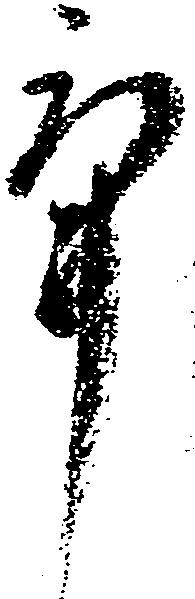
畢